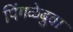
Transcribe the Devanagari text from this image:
पिंगळेबुवा